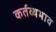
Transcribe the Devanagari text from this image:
कर्तव्यभाव